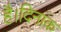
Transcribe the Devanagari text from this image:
है।दिनांक